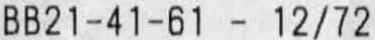
BB21-41-61 - 12/72